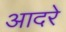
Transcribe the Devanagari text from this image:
आदरे